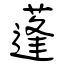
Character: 蓬